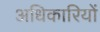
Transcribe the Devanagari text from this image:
अधिकारियोंं